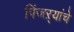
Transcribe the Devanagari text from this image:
पिंजऱ्यांचे